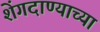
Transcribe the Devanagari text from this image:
शेंगदाण्याच्या